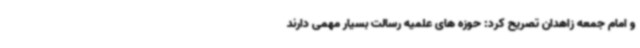
و امام جمعه زاهدان تصریح کرد: حوزه های علمیه رسالت بسیار مهمی دارند